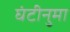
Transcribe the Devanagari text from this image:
घंटीनुमा